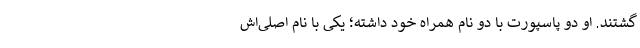
گشتند. او دو پاسپورت با دو نام همراه خود داشته؛ یکی با نام اصلی‌اش